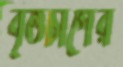
বৃত্তচাপের